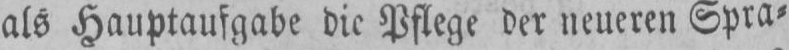
als Hauptaufgabe die Pflege der neueren Spra⸗